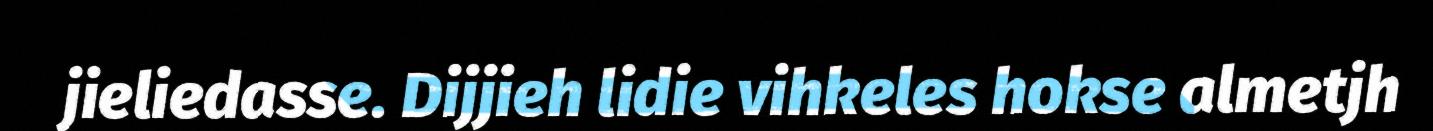
jieliedasse. Dijjieh lidie vihkeles hokse almetjh